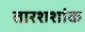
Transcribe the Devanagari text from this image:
तारशशांक